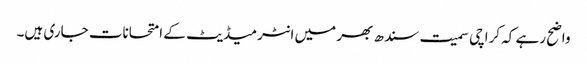
واضح رہے کہ کراچی سمیت سندھ بھر میں انٹرمیڈیٹ کے امتحانات جاری ہیں۔